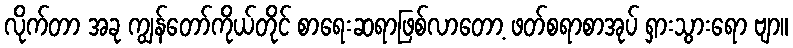
လိုက်တာ အခု ကျွန်တော်ကိုယ်တိုင် စာရေးဆရာဖြစ်လာတော့ ဖတ်စရာစာအုပ် ရှားသွားရော ဗျာ။